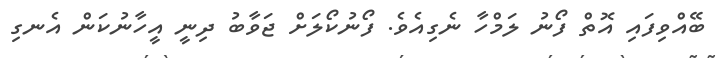
ބޭއްވިފައި އޮތް ފޯނު ލަމްހާ ނެގިއެވެ. ފޯނުކޯލަށް ޖަވާބު ދިނީ އީހާނުކަން އެނގި